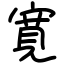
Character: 寛